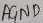
Text: AGND